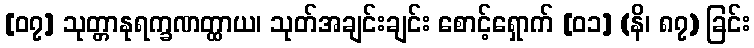
[၀၇] သုတ္တာနုရက္ခဏတ္ထာယ၊ သုတ်အချင်းချင်း စောင့်ရှောက် [၀၁] (နိ၊ ၈၇) ခြင်း